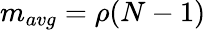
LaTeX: m_{avg}=\rho(N-1)